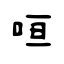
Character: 咺